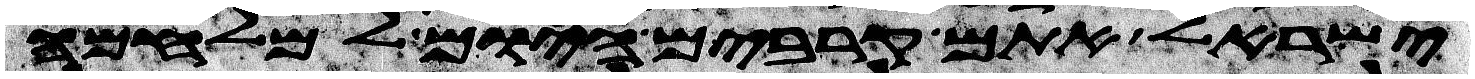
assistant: ישראל אתם קרבים היום למלחמה